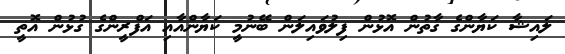
ލައިޝާ ކަޔާންގެ ގާތުން އޮޅުން ފިލުވައިލަން ބޭނުމީ ކަޔާންއާއި އަފްރީންގެ ގުޅުން އޮތީ